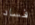
فساد